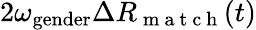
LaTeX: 2\omega_{\mathrm{gender}}\Delta R_{\mathrm{~m~a~t~c~h~}}(t)